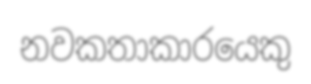
නවකතාකාරයෙකු